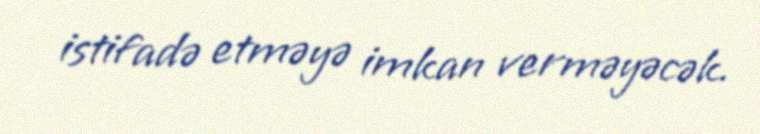
istifadə etməyə imkan verməyəcək.